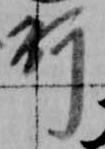
行